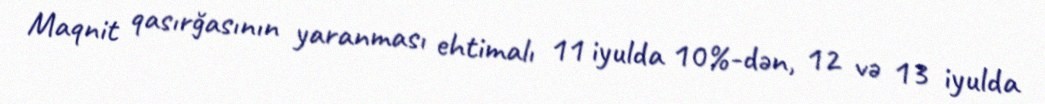
Maqnit qasırğasının yaranması ehtimalı 11 iyulda 10%-dən, 12 və 13 iyulda